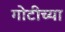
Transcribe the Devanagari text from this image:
गोटीच्या